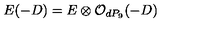
E ( - D ) = E \otimes { \cal O } _ { d P _ { 9 } } ( - D )